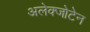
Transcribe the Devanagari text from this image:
अलेक्जोटेन